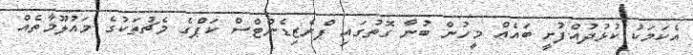
އެކަމަކު ކުޅުދުއްފުށީ ބައެއް މީހުން ބުނާ ގޮތުގައި ޕްރެޒިޑެންޓްސް ކަޕްގެ މެޗުތަކުގެ މައުލޫމާތެއް